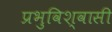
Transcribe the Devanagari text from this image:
प्रभुविश्वासी